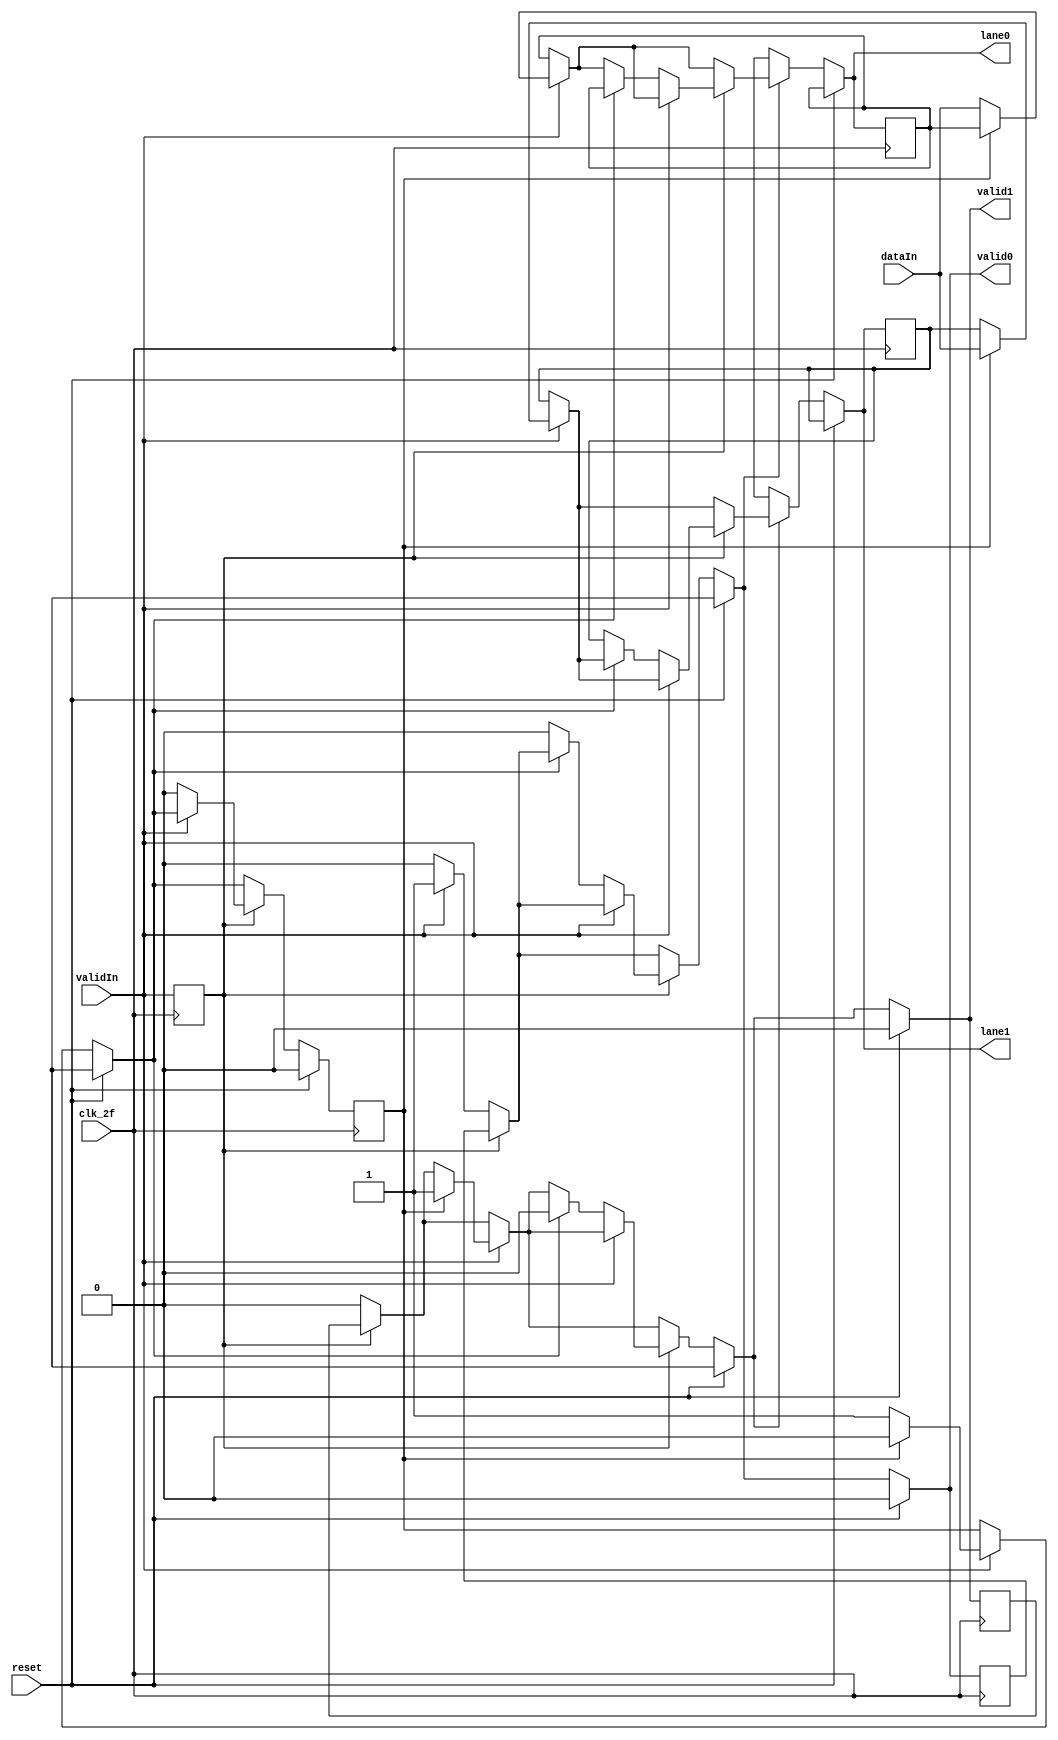
module stripe(
	      input 		clk_2f, //Reloj 2f
	      input [31:0] 	dataIn,
	      input 		validIn,
	      input 		reset,

	      output reg [31:0] lane0,
	      output reg [31:0] lane1,
	      output reg 	valid0,
	      output reg 	valid1
	      );
   //Definimos valores inicales en cero
   reg [31:0] 		 valorL0 = 32'b0;
   reg [31:0] 		 valorL1 = 32'b0;
   reg 			 valorV0 = 0;
   reg 			 valorV1 = 0;
   reg 			 valorV = 0;
   //Creamos algunas variables utiles
   reg 			 selector;
   reg 			 valorS;
   reg [31:0] 		 temp;
   

   // Iniciamos con la logica del circuito
   always @ (posedge clk_2f) begin
      valorL0 <= lane0;
      valorL1 <= lane1;
      valorV0 <= valid0;
      valorV1 <= valid1;
      valorV <= validIn;
      valorS <= selector;
   end

   always @ (*) begin
      lane0 = valorL0;
      lane1 = valorL1;
      valid0 = valorV0;
      valid1 = valorV1;
      selector = valorS;
      //Revisamos la condicion de Reset
      if (reset) begin
	 valid0 = 0;
	 valid1 = 0;
	 selector = 0;
      end else begin
	 if (~valorV) begin
	    if (validIn) begin
	       valid0 = 1;
	       valid1 = 0;
	       selector = 1;
	    end else begin
	       valid0 = 0;
	       valid1 = 0;
	    end
	 end // if (~valorV)
	 if (validIn) begin
	    if (~valorS) begin
	       lane1 = valorL1;
	       lane0= dataIn;
	       selector = 1;
	    end else begin
	       lane0 = valorL0;
	       lane1 = dataIn;
	       selector = 0;
	       valid1 = 1;
	    end
	 end // if (validIn)
	 if (valorV) begin
	    if (~validIn) begin
	       if (~selector) begin
		  valid0 = 0;
		  lane1 = valorL1;
		  selector = 0;
	       end else begin
		  valid1 = 0;
		  lane0 = valorL0;
		  selector = 0;
	       end
	    end // if (~validIn)
	 end // if (valorV)
	 if (~valid0) begin
	    lane0 = temp;
	 end
	 if (~valid1) begin
	    lane1 = temp;
	 end
      end // else: !if(reset)
   end // always @ (*)
    
endmodule // stripe